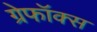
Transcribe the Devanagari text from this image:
ग्रेफॉक्स